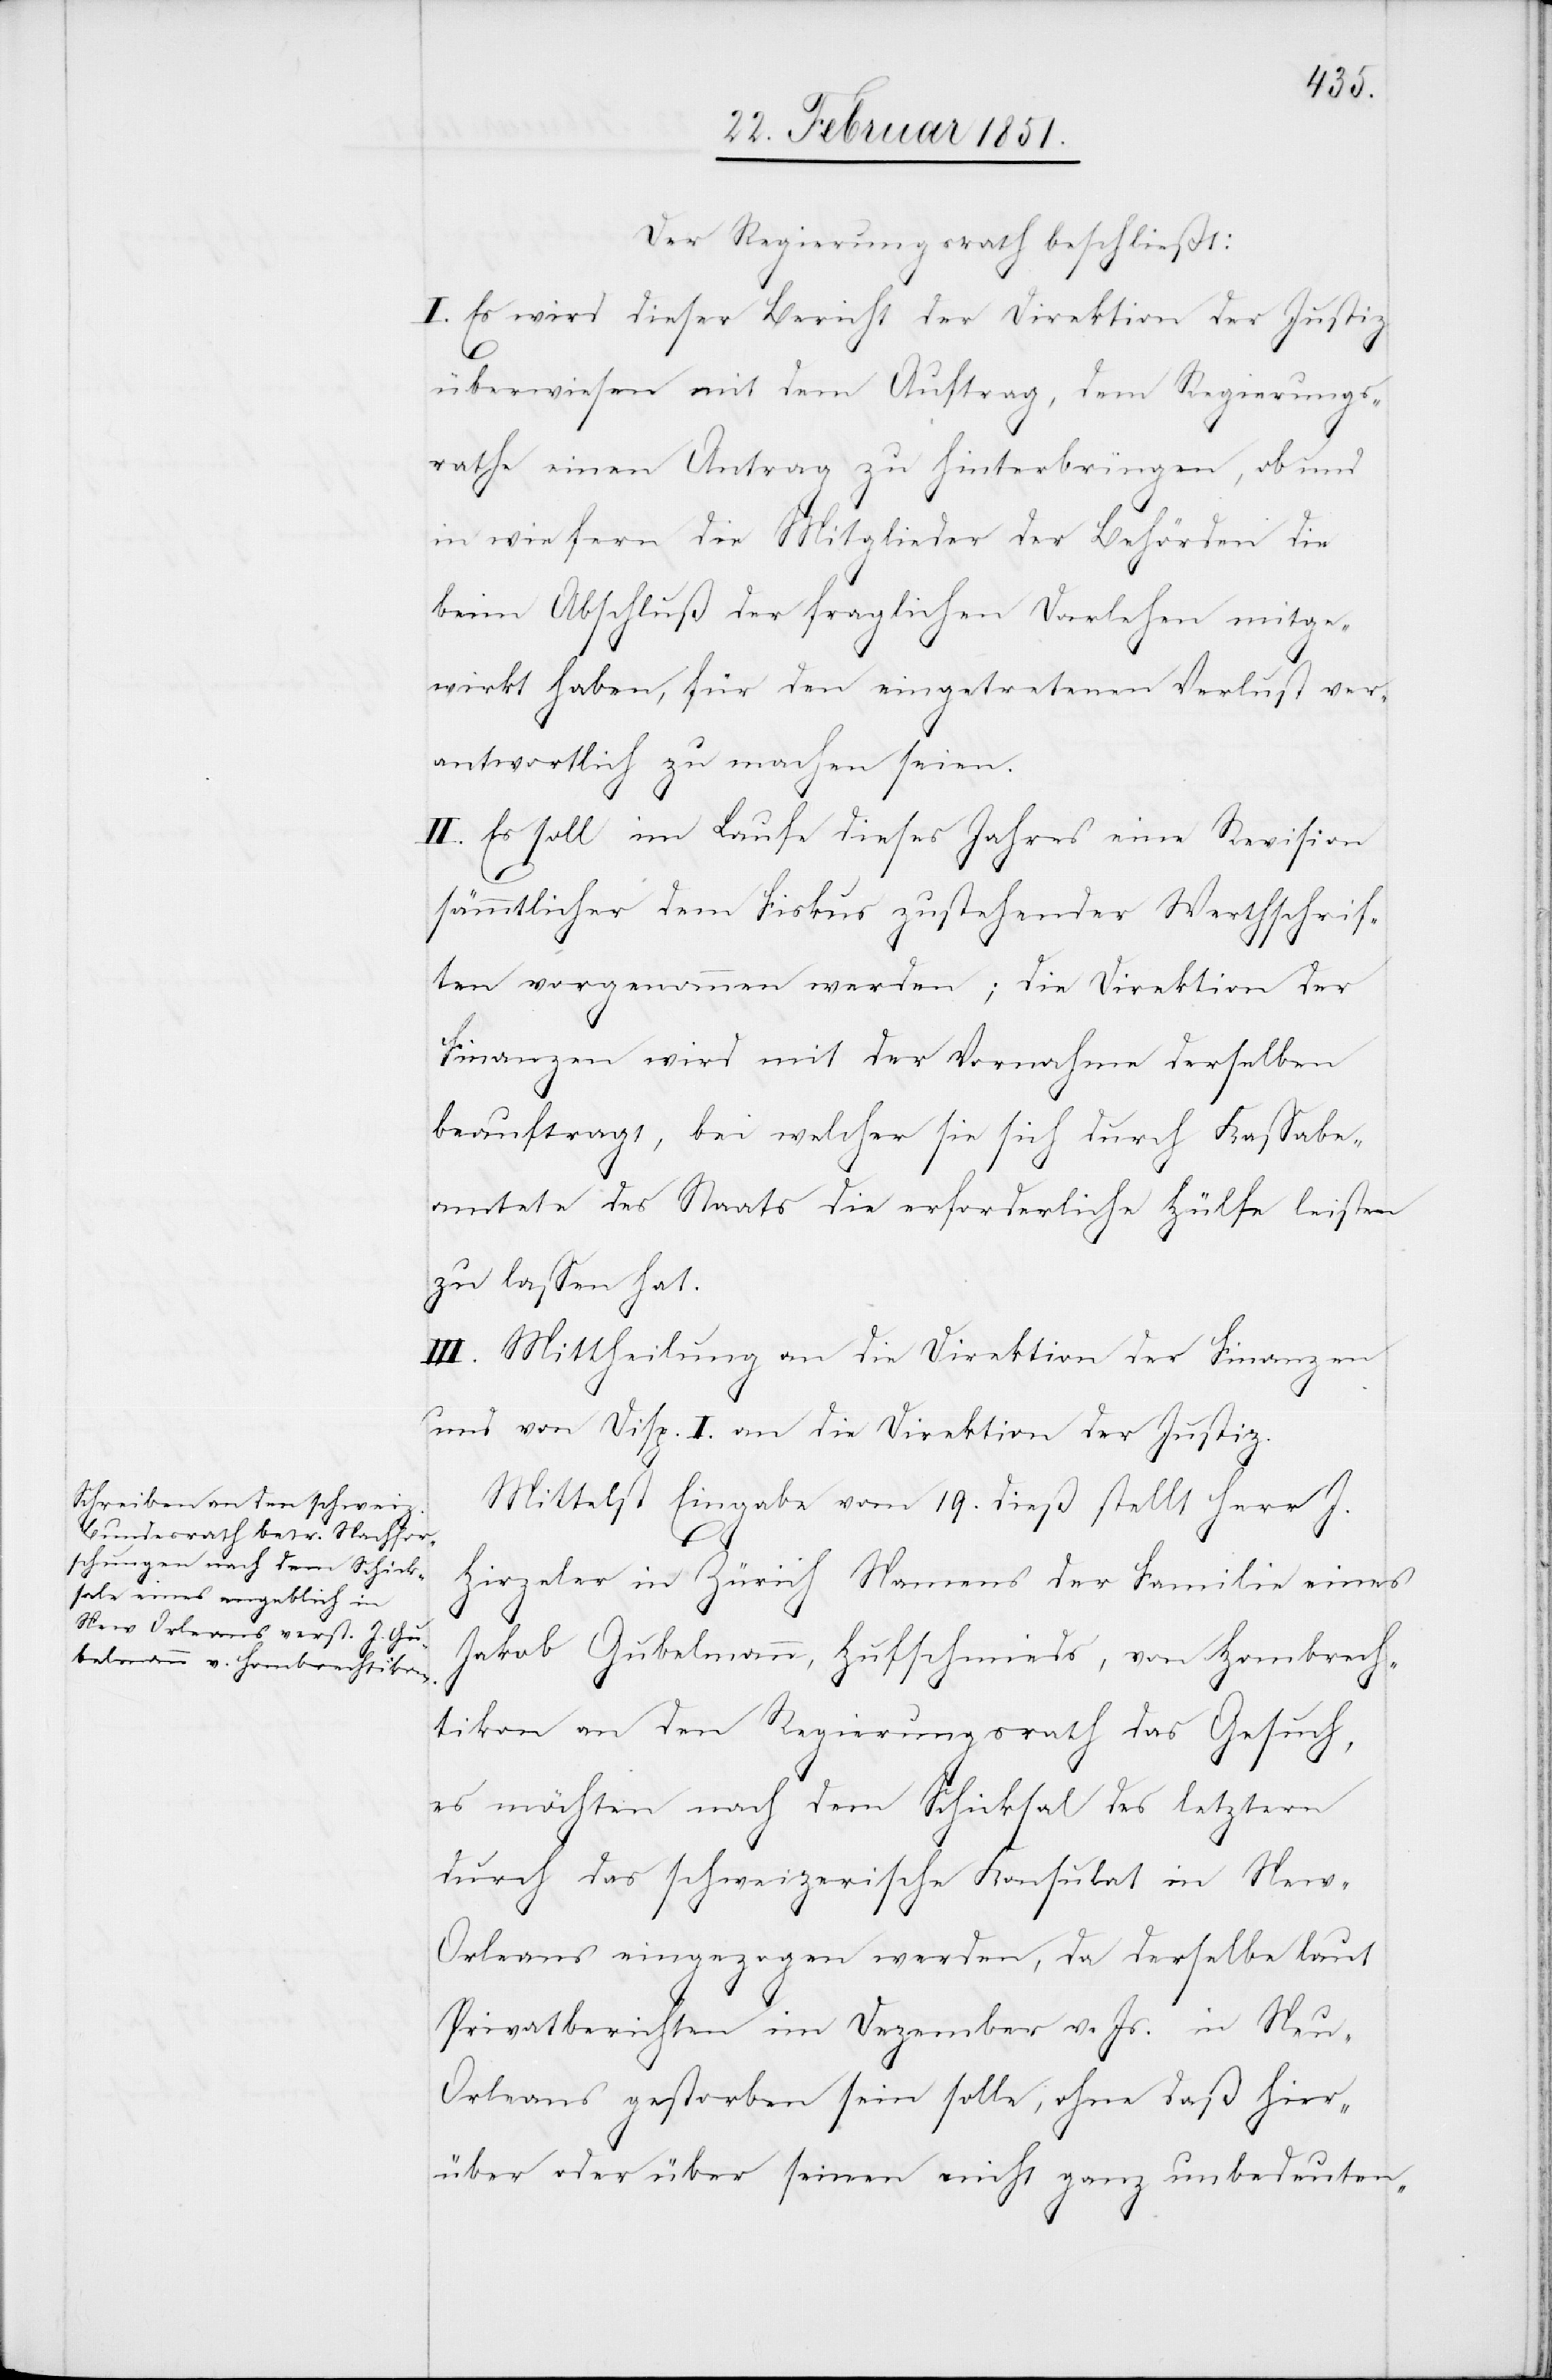
Der Regierungsrath beschließt:
I. Es wird dieser Bericht der Direktion der Justiz
überwiesen mit dem Auftrag, dem Regierungs¬
rathe einen Antrag zu hinterbringen, ob und
in wie fern die Mitglieder der Behörden die
beim Abschluß der fraglichen Darlehen mitge¬
wirkt haben, für den eingetretenen Verlust ver¬
antwortlich zu machen seien.
II. Es soll im Laufe dieses Jahres eine Revision
sämmtlicher dem Fiskus zustehender Werthschrif¬
ten vorgenommen werden; die Direktion der
Finanzen wird mit der Vornahme derselben
beauftragt, bei welcher sie sich durch Kassabe¬
amtete des Staats die erforderliche Hülfe leisten
zu lassen hat.
III. Mittheilung an die Direktion der Finanzen
und von Disp. I. an die Direktion der Justiz.
Mittelst Eingabe vom 19. dieß stellt Herr J.
rleans
Hirzeler in Zürich Namens der Familie eines
Jakob Gubelmann, Hufschmieds, von Hombrech¬
tikon an den Regierungsrath das Gesuch,
es möchten nach dem Schicksal des letztern
durch das schweizerische Konsulat in New-O¬
Erkundigungen] eingezogen werden, da derselbe laut
Privatberichten im Dezember v. Js. in Neu-O¬
rleans gestorben sein solle, ohne daß hier¬
über oder über seinen nicht ganz unbedeuten-